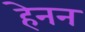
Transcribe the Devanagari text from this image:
हेनन